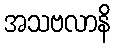
အသဗလာနိ